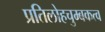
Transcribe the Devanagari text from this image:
प्रतिलोहचुम्बकत्व